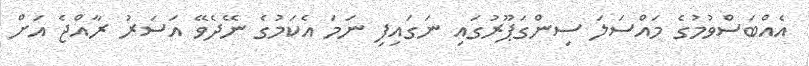
އެއްބަސްވުމުގެ މައްސަލަ ސިންގަޕޫރުގައި ނަގައިފި ނަމަ އެކަމުގެ ނޭދެވޭ އަސަރު ރާއްޖެ އަށް